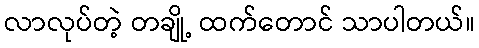
လာလုပ်တဲ့ တချို့ ထက်တောင် သာပါတယ်။